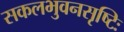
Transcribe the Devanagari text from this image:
सकलभुवनसृष्टिः